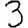
Digit: 3